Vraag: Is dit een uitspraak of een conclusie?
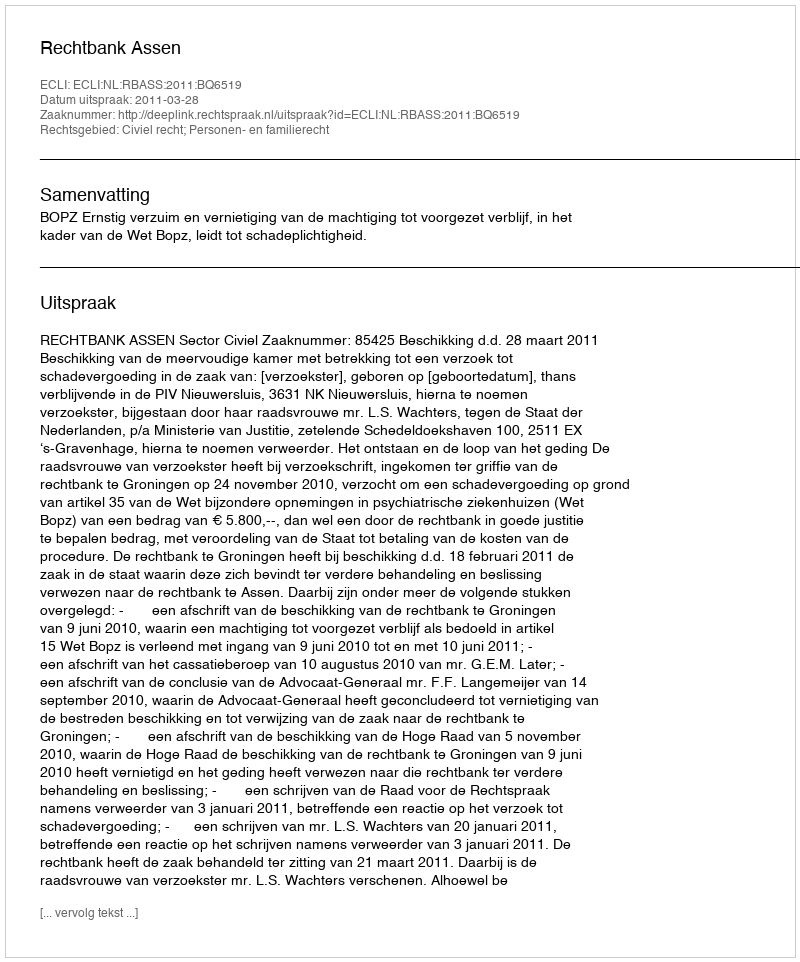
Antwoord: Uitspraak